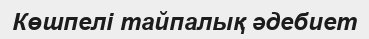
Көшпелі тайпалық әдебиет